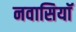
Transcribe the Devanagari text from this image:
नवासियाॅ